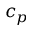
c _ { p }